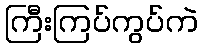
ကြီးကြပ်ကွပ်ကဲ